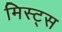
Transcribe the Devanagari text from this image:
मिस्ट्स